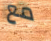
مع